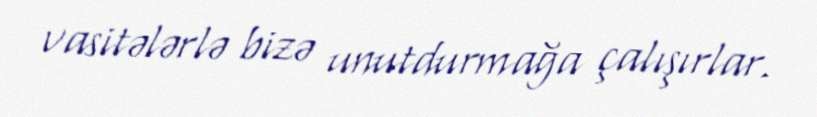
vasitələrlə bizə unutdurmağa çalışırlar.